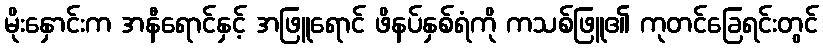
မိုးနှောင်းက အနီရောင်နှင့် အဖြူရောင် ဖိနပ်နှစ်ရံကို ကသစ်ဖြူ၏ ကုတင်ခြေရင်းတွင်